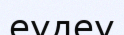
еудеу